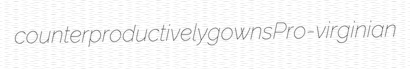
counterproductively gowns Pro-virginian